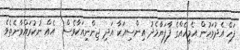
ފަހެ އެދުވަހުން އެމީހެއްގެ ފާފަޔާމެދު އިންސިއަކާ އަދި ޖިންނިއަކާވެސް  އެއް ނުކުރައްވާނެތެވެ.